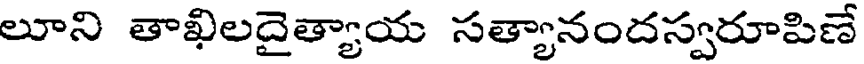
లూని తాఖిలదైత్యాయ సత్యానందస్వరూపిణే